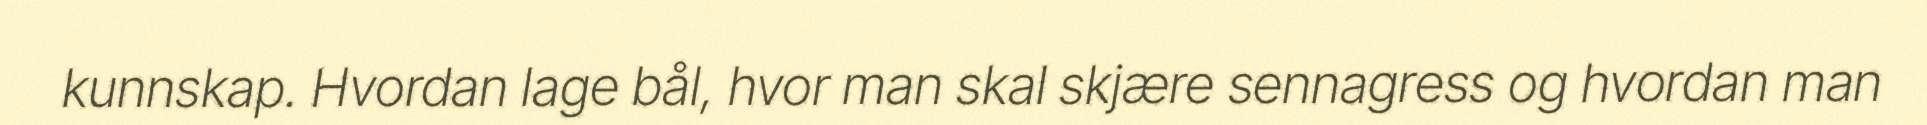
kunnskap. Hvordan lage bål, hvor man skal skjære sennagress og hvordan man